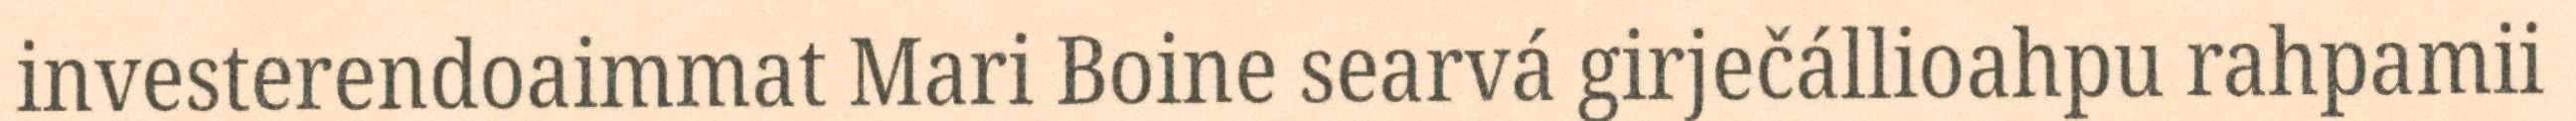
investerendoaimmat Mari Boine searvá girječállioahpu rahpamii